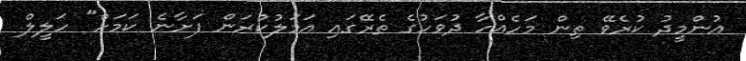
އުންމީދު ކުރެވޭ ތިން މަހެއްހާ ދުވަހުގެ ތެރޭގައި އަމަލުކުރަން ފަށާނެ ކަމަށް" ހަލީލް